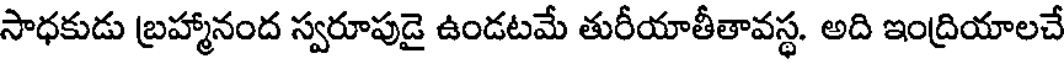
సాధకుడు బ్రహ్మానంద స్వరూపుడై ఉండటమే తురీయాతీతావస్థ. అది ఇంద్రియాలచే